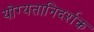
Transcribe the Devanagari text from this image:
योग्यतानिदर्शक